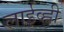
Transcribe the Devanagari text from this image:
लाईव्ह्ली